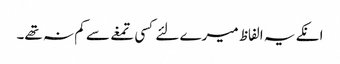
انکے یہ الفاظ میرے لئے کسی تمغے سے کم نہ تھے۔